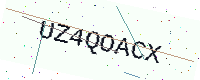
Text: UZ4QOACX